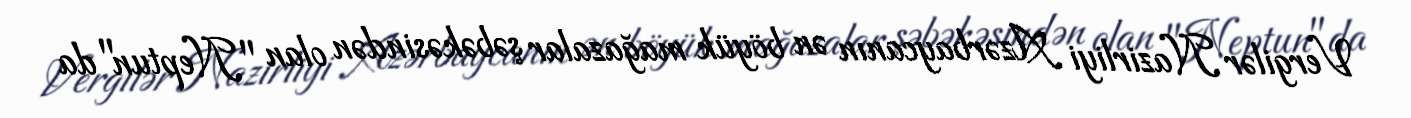
Vergilər Nazirliyi Azərbaycanın ən böyük mağazalar şəbəkəsindən olan "Neptun"da